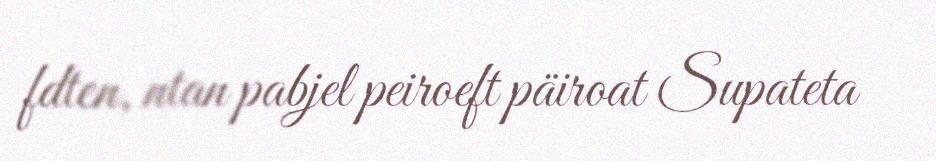
fdten, ntan pabjel peiroeft päiroat Supateta